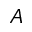
A